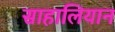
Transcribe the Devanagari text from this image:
साहालियान